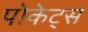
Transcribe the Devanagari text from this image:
पोकेट्स